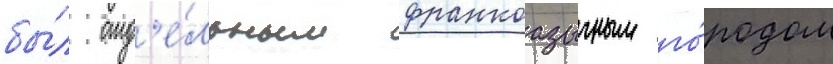
бы́л отд'е́льным франкоазычным го́родом